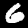
Label: 6